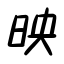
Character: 映